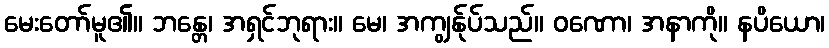
မေးတော်မူ၏။ ဘန္တေ၊ အရှင်ဘုရား။ မေ၊ အကျွန်ုပ်သည်။ ဝဏော၊ အနာကို။ နပိယော၊